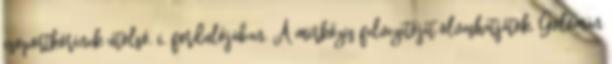
csoportkörének utolsó, 6. fordulójában. A mérkőzés felvezetőjét olvashatjátok. Golomán